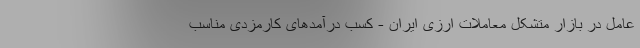
عامل در بازار متشکل معاملات ارزی ایران - کسب درآمدهای کارمزدی مناسب